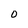
Character: 0